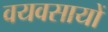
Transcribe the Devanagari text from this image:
वयवसायों